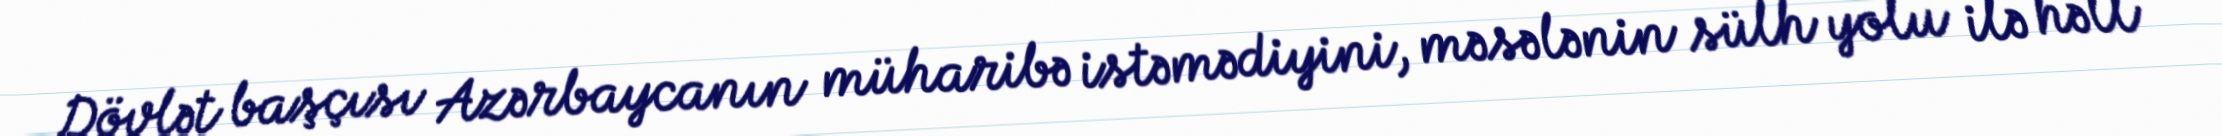
Dövlət başçısı Azərbaycanın müharibə istəmədiyini, məsələnin sülh yolu ilə həll